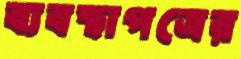
ব্যবস্থাপত্রের